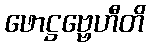
ဖောဋ္ဌဗ္ဗေဟီတိ